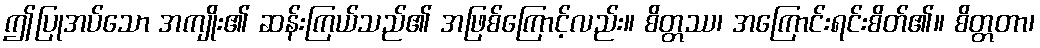
ဤပြုအပ်သော အကျိုး၏ ဆန်းကြယ်သည်၏ အဖြစ်ကြောင့်လည်း။ စိတ္တဿ၊ အကြောင်းရင်းစိတ်၏။ စိတ္တတာ၊